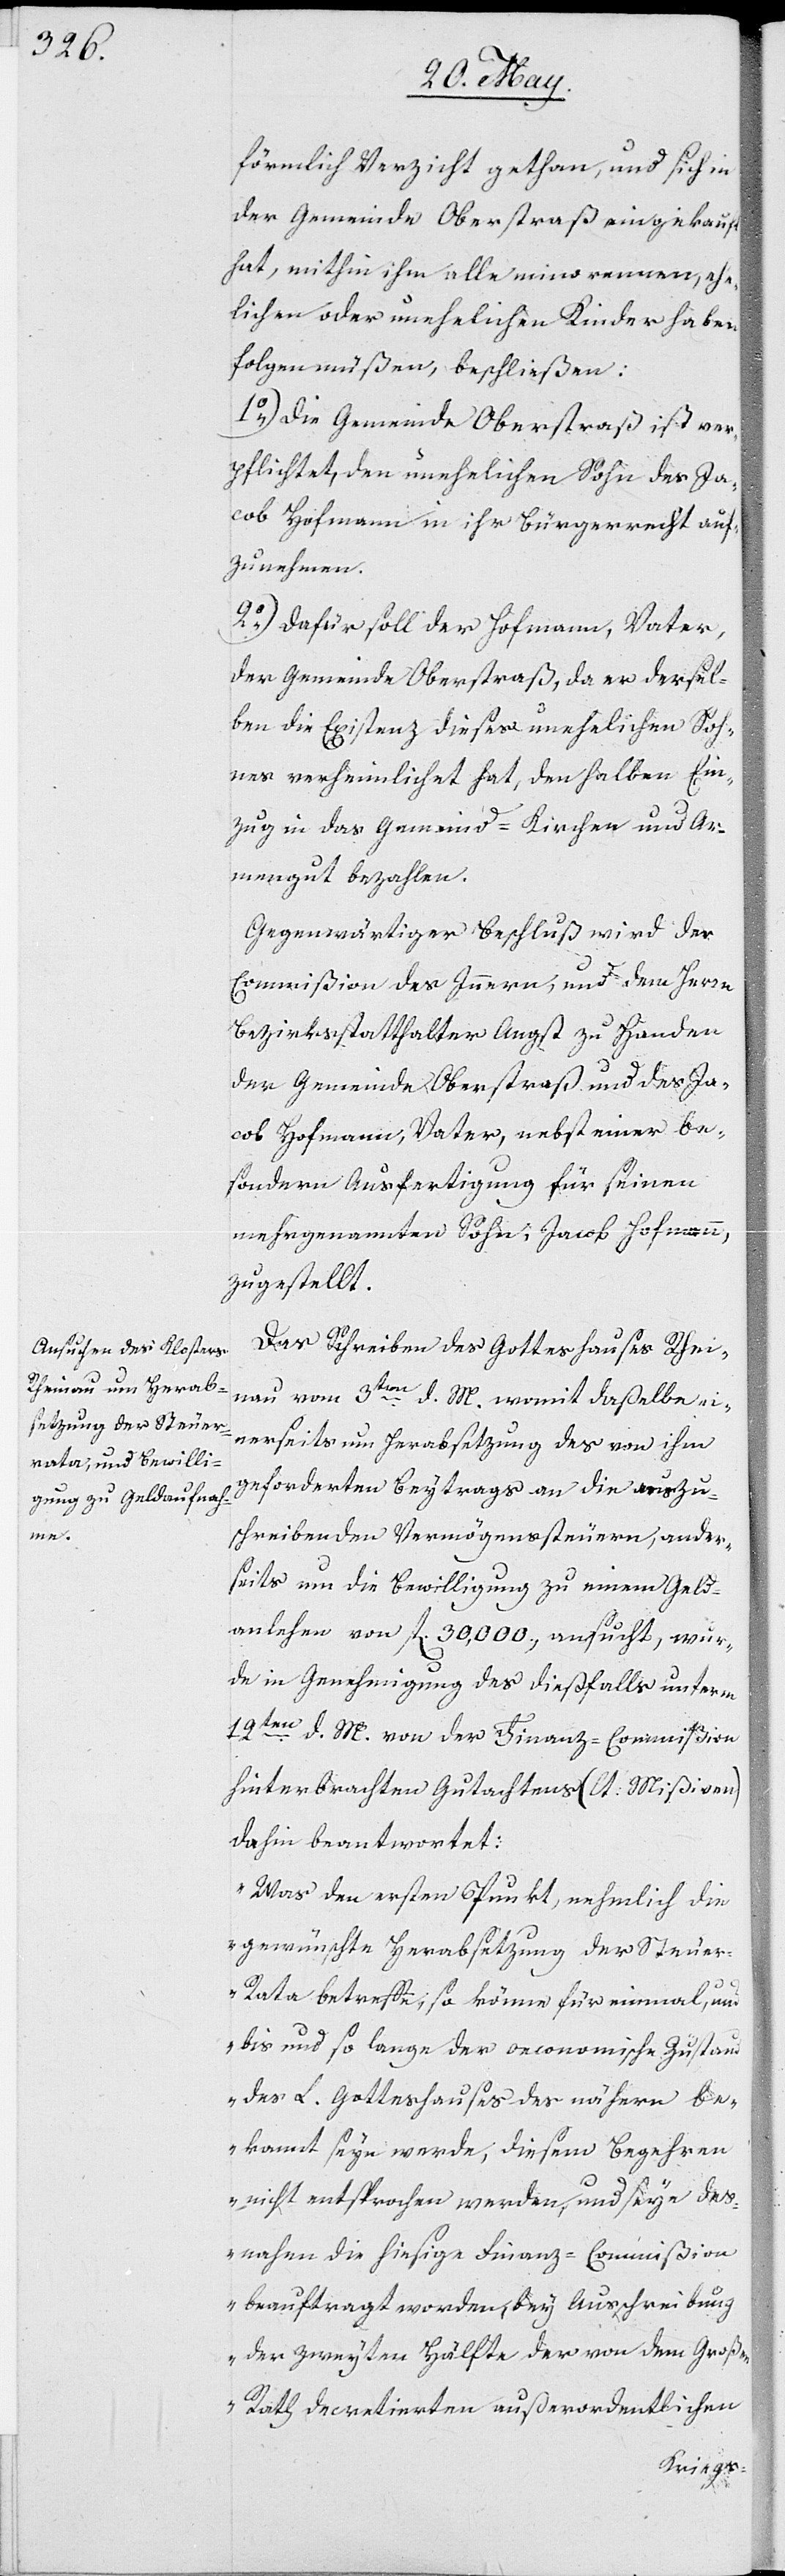
förmlich Verzicht gethan, und sich in
der Gemeinde Oberstraß eingekauft
hat, mithin ihm alle minorennen, ehe¬
lichen oder unehelichen Kinder haben
folgen müßen, beschließen:
1.) Die Gemeinde Oberstraß ist ver¬
pflichtet, den unehelichen Sohn des Ja¬
cob Hoffmann in ihr Bürgerrecht auf¬
zunehmen.
2.) Dafür der Hoffmann, Vater,
der Gemeinde Oberstraß, da er dersel¬
ben die Existenz dieses unehelichen Soh¬
nes verheimlichet hat, den halben Ein¬
zug in das Gemeind- Kirchen und Ar¬
mengut bezahlen.
Gegenwärtiger Beschluß wird der
Commißion des Inneren, und dem Herrn
Bezirksstatthalter Angst zu Handen
der Gemeinde Oberstraß und des Ja¬
cob Hofmann, Vater, nebst einer be¬
sonderen Ausfertigung für seinen
mehrgenannten Sohn, Jacob Hoffmann,
zugestellt.
Das Schreiben des Gotteshauses Rhei¬
nau vom 3ten d. M. womit daßelbe ei¬
nerseits um Herabsetzung des von ihm
geforderten Beytrags an die auszu¬
schreibenden Vermögenssteuern, ander¬
seits um die Bewilligung zu einem Geld¬
anlehen von fl 30,000., ansucht, wur¬
de in Genehmigung des dießfalls unterm
19ten d. M. von der Finanz-Commißion
hinterbrachten Gutachtens (lt. Mißiven)
dahin beantwortet:
„Was den ersten Punkt, nehmlich die
gewünschte Herabsetzung der Steue¬
r-Rata betreffe; so könne für einmal, und
bis und so lange der oeconomische Zustand
des L. Gotteshauses des nähern be¬
kannt seyn werde, diesem Begehren
nicht entsprochen werden, und seye des¬
nahen die hiesige Finanz-Commißion
beauftragt worden, bey Ausschreibung
der zweyten Hälfte der von dem Großen
Rath decretierten außerordentlichen